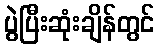
ပွဲပြီးဆုံးချိန်တွင်